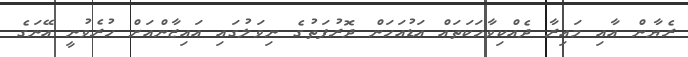
ރެޔާން އާއި މައިރާ ދެއްކިވާހަކަތައް އަޑުއަހަން ދޮރުފަތުގެ ނިވަލުގައި އައިޒާންއަށް ހުރެވުނީ އޭނަގެ